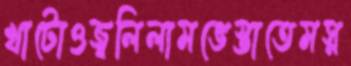
খাটোওজ্বলিলামভেস্তাতেমস্ন